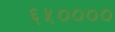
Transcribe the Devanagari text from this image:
६५००००